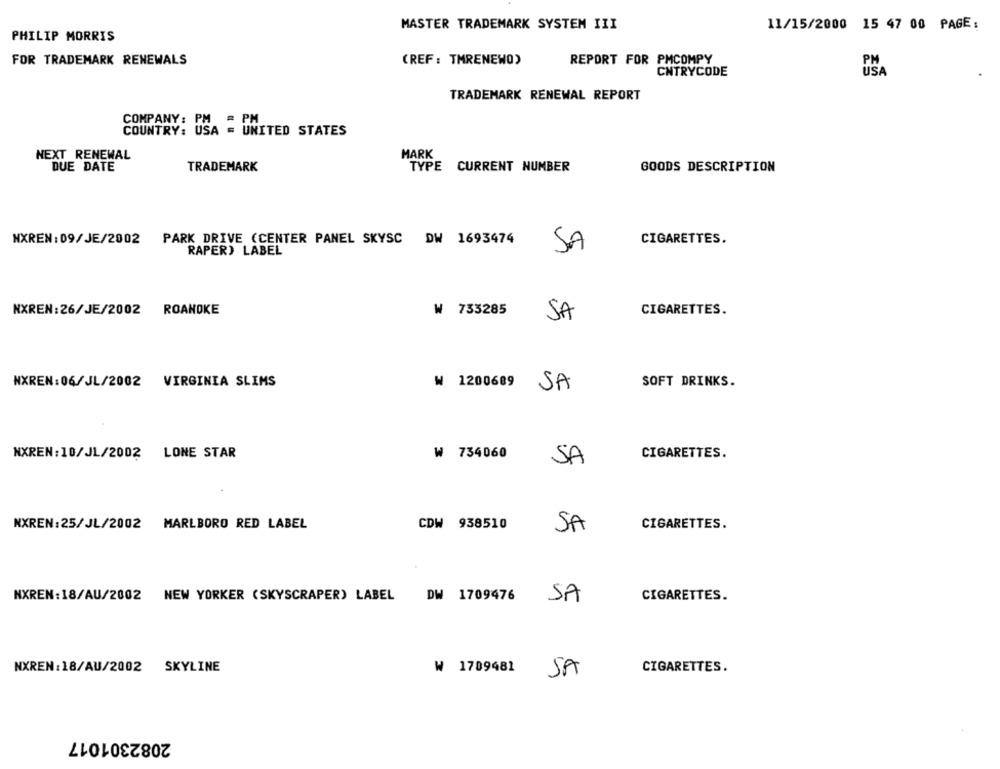
MASTER TRADEMARK SYSTEM III
11/15/2000 15 47 00 PAGE:
PHILIP MORRIS
FOR TRADEMARK RENEWALS
(REF : TMRENEWO)
REPORT FOR PMCOMPY
CNTRYCODE
TRADEMARK RENEWAL REPORT
COUNTRY:
COMPANY: DHA " UNITED STATES
MARK
NEXT RENEWAL
DUE DATE
TRADEMARK
TYPE CURRENT NUMBER
GOODS DESCRIPTION
MXREN:09/JE/2002 PARK DRIVE (CENTER PANEL SKYSC DW 1693474
CIGARETTES.
RAPER) LABEL
SA
NXREN: 26/JE/2002
ROANOKE
₩ 753285
SA
CIGARETTES.
NXREN:06/JL/2002 VIRGINIA SLIMS
₩ 1200689
SOFT DRINKS.
SA
NXREN: 10/JL/2002 LONE STAR
CIGARETTES.
₩ 734060
SA
NXREN:25/JL/2002 MARLBORO RED LABEL
CDW 938510
SA
CIGARETTES.
NXREN: 18/AU/2002 NEW YORKER (SKYSCRAPER) LABEL DW 1709476
SA
CIGARETTES.
NXREN: 18/AU/2002
SKYLINE
₩ 1709481
CIGARETTES.
SA
2082301017